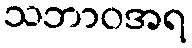
သဘာဝအရ